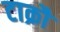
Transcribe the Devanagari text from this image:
टाक्रौ